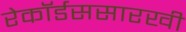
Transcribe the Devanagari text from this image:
रेकॉर्डससारखी